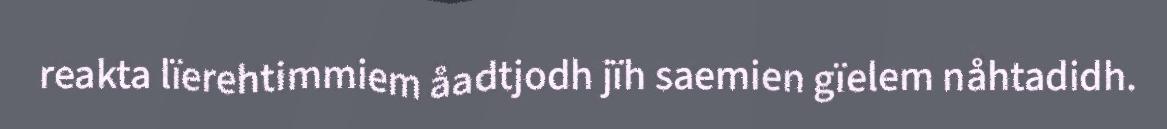
reakta lïerehtimmiem åadtjodh jïh saemien gïelem nåhtadidh.